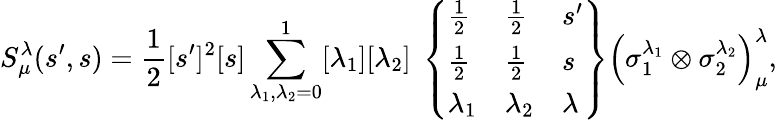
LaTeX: S_{\mu}^{\lambda}(s^{\prime},s)={\frac{1}{2}}[s^{\prime}]^{2}[s]\sum_{\lambda_{1},\lambda_{2}=0}^{1}[\lambda_{1}][\lambda_{2}]\ \left\{ \begin{array}{lll}{{{\textstyle{\frac{1}{2}}}}}&{{{\textstyle{\frac{1}{2}}}}}&{{s^{\prime}}}\\ {{{\textstyle{\frac{1}{2}}}}}&{{{\textstyle{\frac{1}{2}}}}}&{{s}}\\ {{\lambda_{1}}}&{{\lambda_{2}}}&{{\lambda}}\end{array}\right\} \left(\sigma_{1}^{\lambda_{1}}\otimes\sigma_{2}^{\lambda_{2}}\right)_{\mu}^{\lambda},